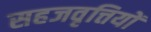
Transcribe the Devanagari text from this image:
सहजवृत्तियों